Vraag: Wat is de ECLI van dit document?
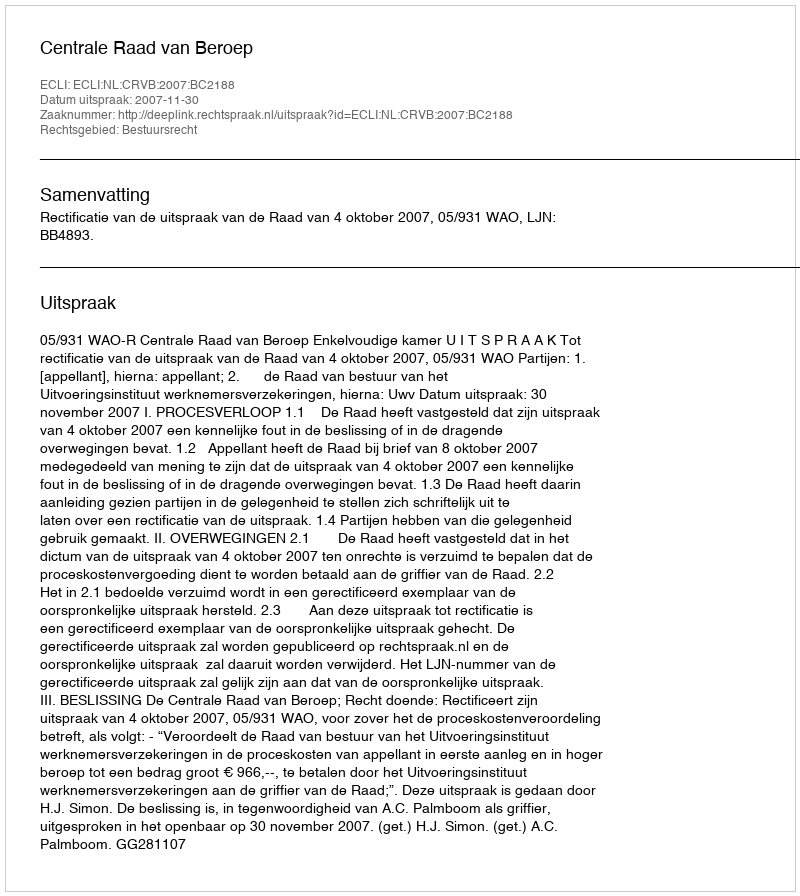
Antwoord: ECLI:NL:CRVB:2007:BC2188